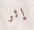
إثر